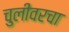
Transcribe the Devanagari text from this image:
चुलीवरचा